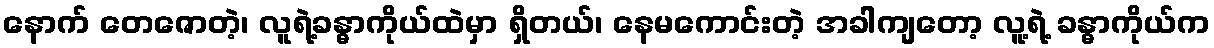
နောက် တေဇောတဲ့၊ လူရဲ့ခန္ဓာကိုယ်ထဲမှာ ရှိတယ်၊ နေမကောင်းတဲ့ အခါကျတော့ လူ့ရဲ့ ခန္ဓာကိုယ်က